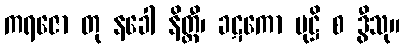
ကရဇော တု နခေါ နိတ္ထီ၊ ခဋကော မုဋ္ဌိ စ ဒွီသု။